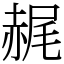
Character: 䞔